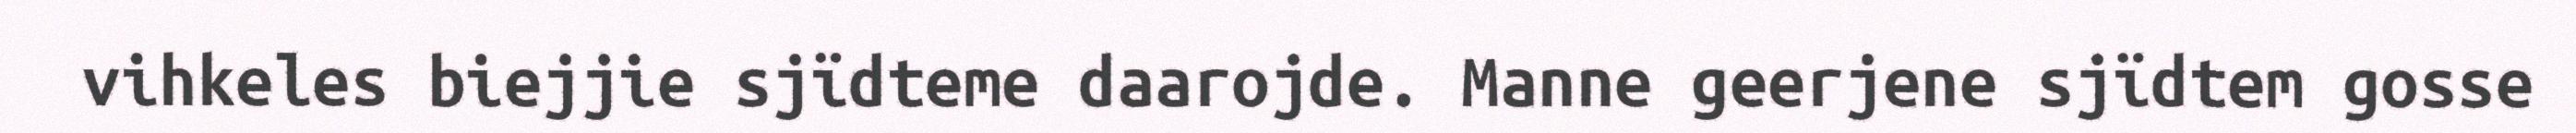
vihkeles biejjie sjïdteme daarojde. Manne geerjene sjïdtem gosse